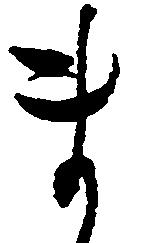
ま